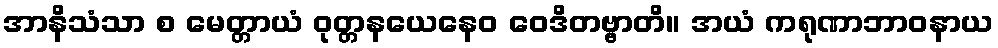
အာနိသံသာ စ မေတ္တာယံ ဝုတ္တနယေနေဝ ဝေဒိတဗ္ဗာတိ။ အယံ ကရုဏာဘာဝနာယ